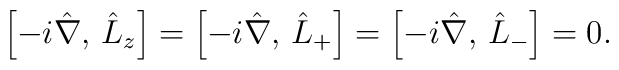
\left[-i\hat{\nabla},\, \hat{L}_z \right] =    \left[-i\hat{\nabla},\, \hat{L}_+ \right] =    \left[-i\hat{\nabla},\, \hat{L}_- \right] = 0.